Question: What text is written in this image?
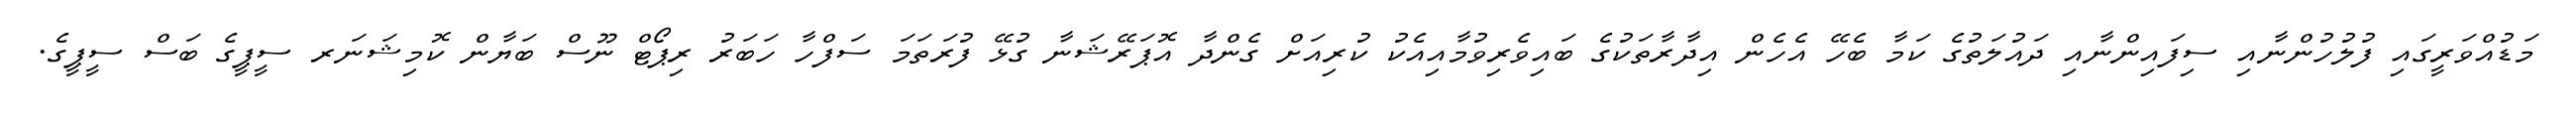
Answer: މަޑުއްވަރީގައި ފުލުހުންނާއި ސިފައިންނާއި ދައުލަތުގެ ކަމާ ބެހޭ އެހެން އިދާރާތަކުގެ ބައިވެރިވުމާއިއެކު ކުރިއަށް ގެންދާ އޮޕަރޭޝަނާ ގުޅޭ ފުރަތަމަ ސަފްހާ ހަބަރު ރިޕޯޓް ނޫސް ބަޔާން ކޮމިޝަނަރ ސީޕީގެ ބަސް ސީޕީގެ.